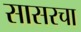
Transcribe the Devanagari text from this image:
सासरचा